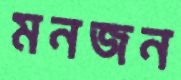
মনজন